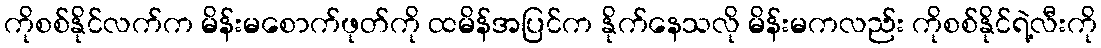
ကိုစစ်နိုင်လက်က မိန်းမစောက်ဖုတ်ကို ထမိန်အပြင်က နိုက်နေသလို မိန်းမကလည်း ကိုစစ်နိုင်ရဲ့လီးကို